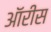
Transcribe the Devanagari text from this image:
ऑरीस